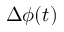
\Delta \phi ( t )